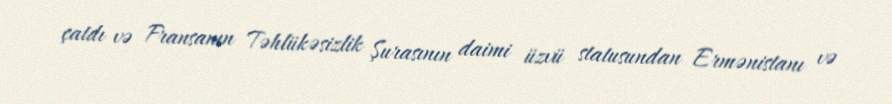
çatdı və Fransanın Təhlükəsizlik Şurasının daimi üzvü statusundan Ermənistanı və